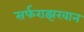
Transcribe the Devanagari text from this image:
सर्फराझखान